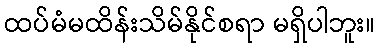
ထပ်မံမထိန်းသိမ်နိုင်စရာ မရှိပါဘူး။